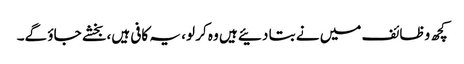
کچھ وظائف میں نے بتا دئیے ہیں وہ کر لو، یہ کافی ہیں، بخشے جاؤ گے۔